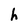
Character: h